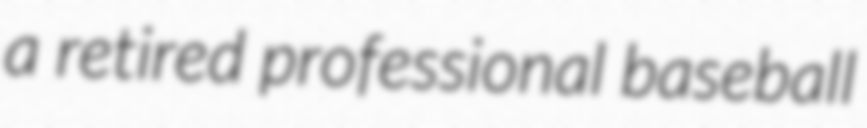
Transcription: a retired professional baseball